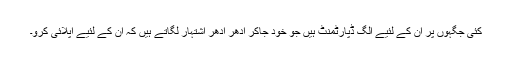
کئی جگہوں پر ان کے لئیے الگ ڈپارٹمنٹ ہیں جو خود جاکر ادھر ادھر اشتہار لگاتے ہیں کہ ان کے لئیے اپلائی کرو۔